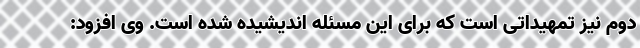
دوم نیز تمهیداتی است که برای این مسئله اندیشیده شده است. وی افزود: